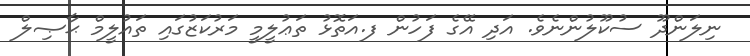
ނިލަންދޫ ސުކޫލުންނެވެ. އަދި އޭގެ ފަހުން ފ.އަތޮޅު ތަޢުލީމީ މަރުކަޒުގައި ތައުލީމް ޙާޞިލް